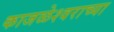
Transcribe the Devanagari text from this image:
काजळेश्वराच्या